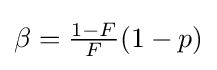
\beta ={\tfrac {1-F}{F}}(1-p)